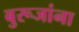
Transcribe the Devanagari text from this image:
बुरूजांना